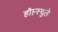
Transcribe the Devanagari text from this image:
हौप्त्स्चुले